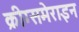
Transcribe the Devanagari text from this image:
क्रीग्समेराइन